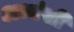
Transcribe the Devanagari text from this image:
अध्वंसी